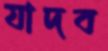
যাদব